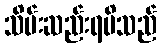
သိမ်းဆည်းရမိသည်